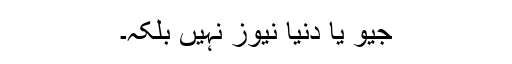
جیو یا دنیا نیوز نہیں بلکہ۔